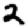
Digit: 2